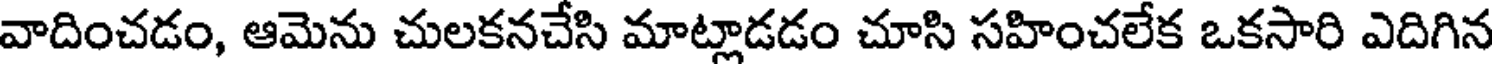
వాదించడం, ఆమెను చులకనచేసి మాట్లాడడం చూసి సహించలేక ఒకసారి ఎదిగిన